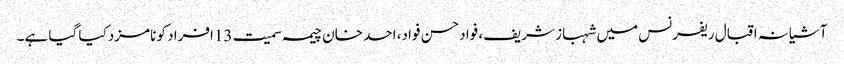
آشیانہ اقبال ریفرنس میں شہباز شریف، فواد حسن فواد، احد خان چیمہ سمیت 13افراد کو نامزد کیا گیا ہے۔